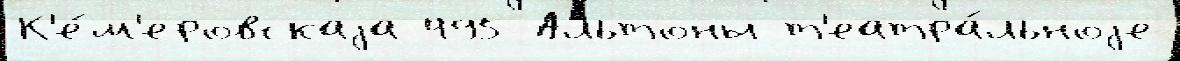
К'е́м'еровскаjа 495 Альтоны т'еатра́льноjе